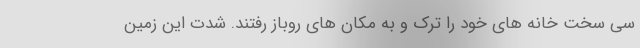
سی سخت خانه های خود را ترک و به مکان های روباز رفتند. شدت این زمین